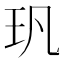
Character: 㺬